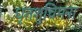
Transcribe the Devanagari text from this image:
धृतशुचिमना